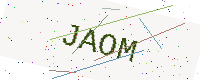
Text: JAOM